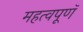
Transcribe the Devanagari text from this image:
महत्वपूणॅ